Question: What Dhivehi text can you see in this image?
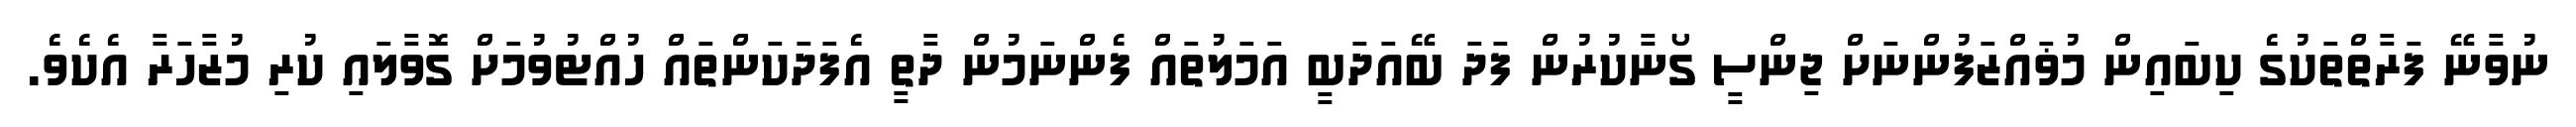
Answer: ނުވާނޭ ފަރާތްތަކުގެ ކިބައިން މުޥައްޒަފުންނަށް ޖިންސީ ގޯނާކުރުން ފަދަ ބޭއަދަބީ އަމަލުތައް ފެންނަމުން ދާތީ އެފަދަކަންތައް ހުއްޓުވުމަށް ގޮވާލައި ކުރި މުޒާހަރާ އެކެވެ.